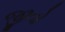
જીતો